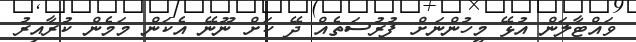
ވައްޓާލަން އުޅޭ މީހުންނަށް ފުރުސަތެއް ދޭ ކަށް ނޫނޭ އެކަން މަމެން ކުރާއިރު